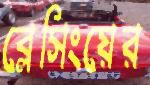
ব্লেসিংয়ের